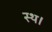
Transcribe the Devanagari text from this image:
स्थ।